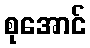
စုအောင်